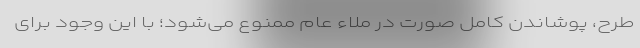
طرح، پوشاندن کامل صورت در ملاء عام ممنوع می‌شود؛ با این وجود برای